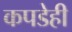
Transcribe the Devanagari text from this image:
कपडेही